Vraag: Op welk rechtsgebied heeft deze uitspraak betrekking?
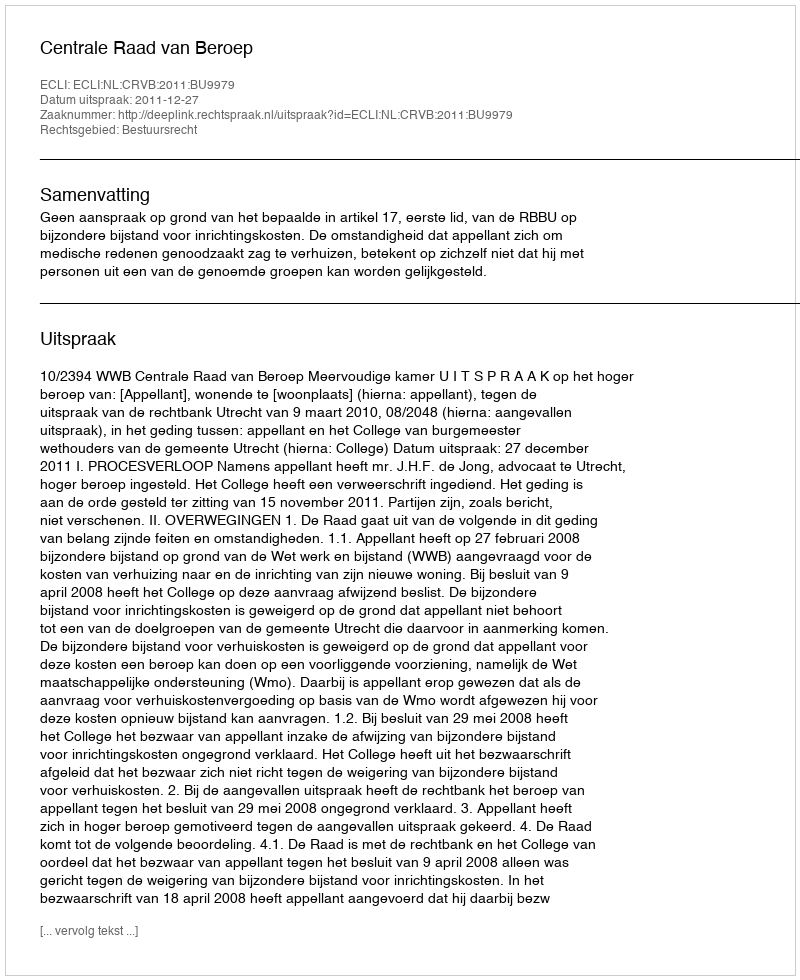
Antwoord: Bestuursrecht